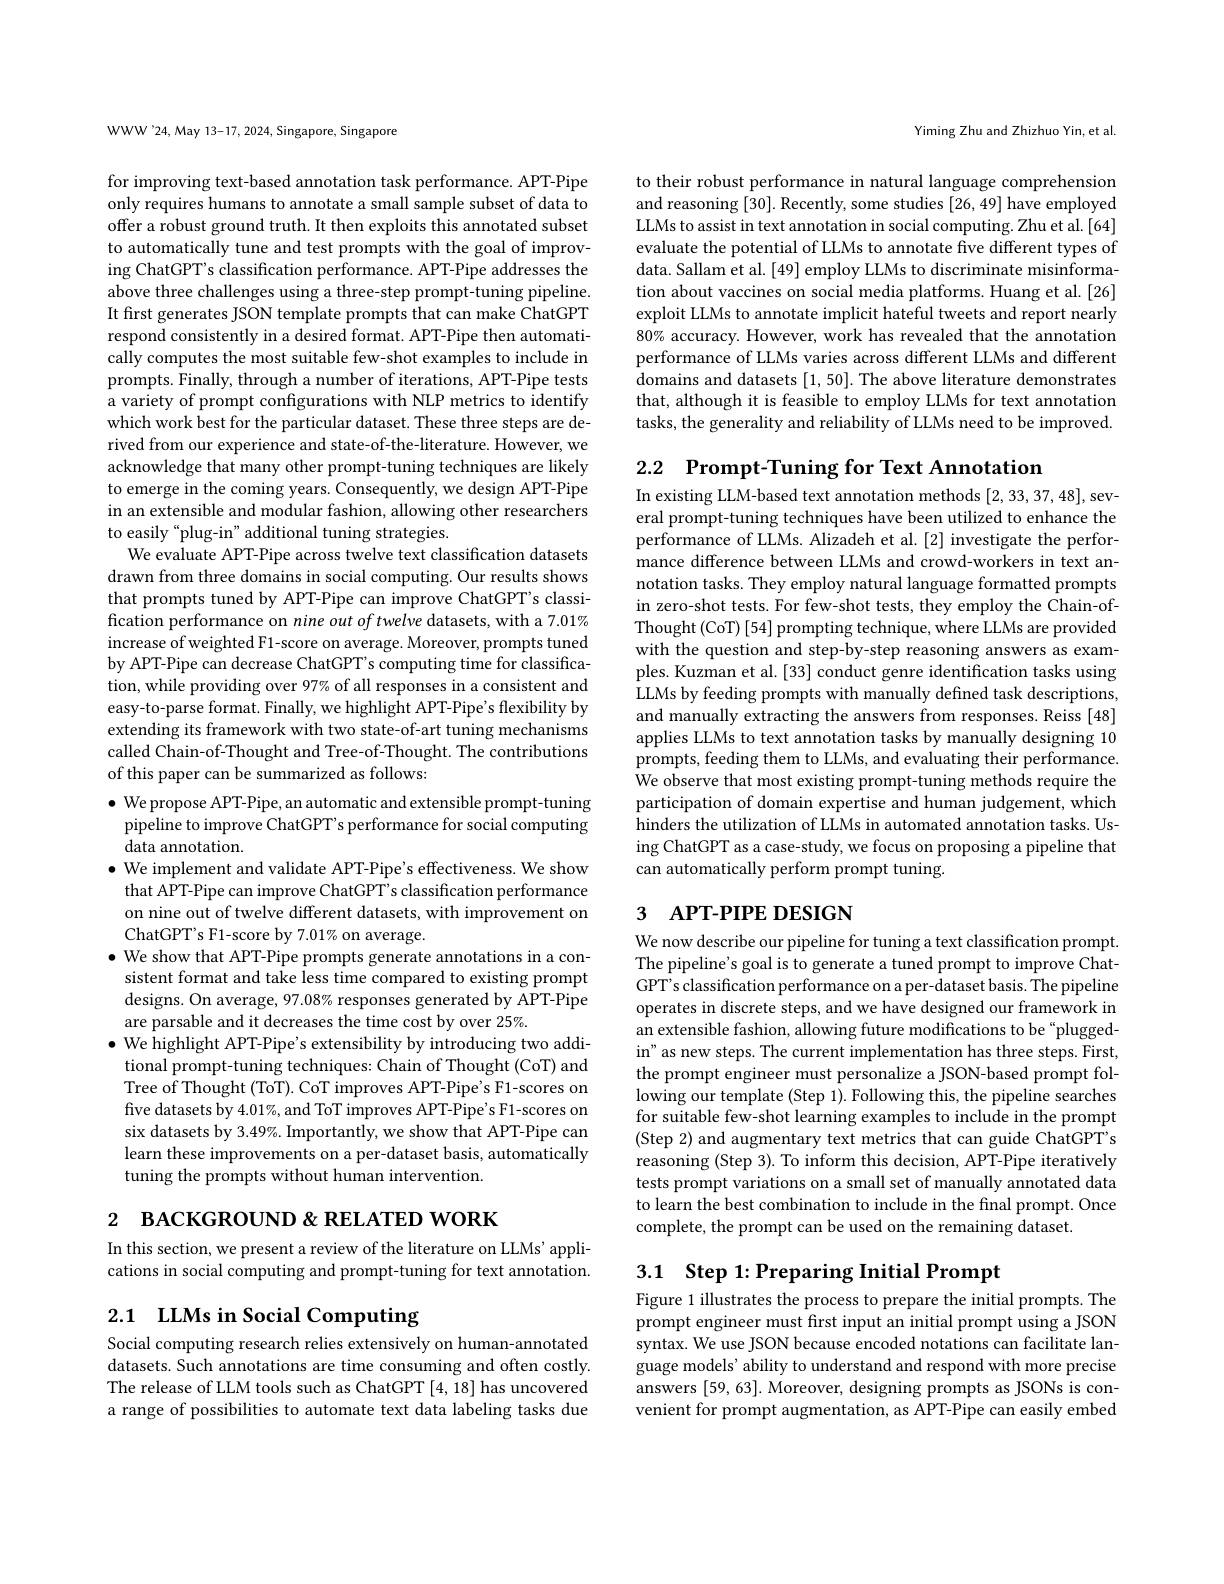
WWW'24, May 13-17, 2024, Singapore, Singapore

for improving text-based annotation task performance. APT-Pipe only requires humans to annotate a small sample subset of data to offer a robust ground truth. It then exploits this annotated subset to automatically tune and test prompts with the goal of improving ChatGPT's classification performance. APT-Pipe addresses the above three challenges using a three-step prompt-tuning pipeline It first generates JSON template prompts that can make ChatGPT respond consistently in a desired format. APT-Pipe then automatically computes the most suitable few-shot examples to include in prompts. Finally, through a number of iterations, APT-Pipe tests a variety of prompt configurations with NLP metrics to identify which work best for the particular dataset. These three steps are derived from our experience and state-of-the-literature. However, we acknowledge that many other prompt-tuning techniques are likely to emerge in the coming years. Consequently, we design APT-Pipe in an extensible and modular fashion, allowing other researchers to easily “plug-in” additional tuning strategies.
We evaluate APT-Pipe across twelve text classification datasets drawn from three domains in social computing. Our results shows that prompts tuned by APT-Pipe can improve ChatGPT's classification performance on nine out of twelve datasets, with a 7.01% increase of weighted F1-score on average. Moreover, prompts tuned by APT-Pipe can decrease ChatGPT's computing time for classification, while providing over 97% of all responses in a consistent and easy-to-parse format. Finally, we highlight APT-Pipe's flexibility by extending its framework with two state-of-art tuning mechanisms called Chain-of-Thought and Tree-of-Thought. The contributions of this paper can be summarized as follows:

$\bullet$ We propose APT-Pipe, an automatic and extensible prompt-tuning
pipeline to improve ChatGPT's performance for social computing
data annotation
$\bullet$ We implement and validate APT-Pipe's effectiveness. We show that APT-Pipe can improve ChatGPT's classification performance on nine out of twelve different datasets, with improvement on ChatGPT's F1-score by 7.01% on average.
$\bullet$ We show that APT-Pipe prompts generate annotations in a con-
sistent format and take less time compared to existing prompt designs. On average, 97.08% responses generated by APT-Pipe are parsable and it decreases the time cost by over 25%.
$\bullet$ We highlight APT-Pipe's extensibility by introducing two additional prompt-tuning techniques: Chain of Thought (CoT) and Tree of Thought (ToT). CoT improves APT-Pipe's F1-scores on five datasets by 4.01%, and ToT improves APT-Pipe's F1-scores on six datasets by 3.49%. Importantly, we show that APT-Pipe can learn these improvements on a per-dataset basis, automatically tuning the prompts without human intervention.

2 вАСКGROUND & RELATED WORK

In this section, we present a review of the literature on LLMs' applications in social computing and prompt-tuning for text annotation.

2.1 LLMs in Social Computing

Social computing research relies extensively on human-annotated datasets. Such annotations are time consuming and often costly. The release of LLM tools such as ChatGPT [4,18] has uncovered a range of possibilities to automate text data labeling tasks due

Yiming Zhu and Zhizhuo Yin, et al.

to their robust performance in natural language comprehension and reasoning [30]. Recently, some studies [26, 49] have employed LLMs to assist in text annotation in social computing. Zhu et al.[64] evaluate the potential of LLMs to annotate five different types of data. Sallam et al. [49] employ LLMs to discriminate misinformation about vaccines on social media platforms. Huang et al.[26] exploit LLMs to annotate implicit hateful tweets and report nearly $80\%$ accuracy. However, work has revealed that the annotation performance of LLMs varies across different LLMs and different domains and datasets [1,50]. The above literature demonstrates that, although it is feasible to employ LLMs for text annotation tasks, the generality and reliability of LLMs need to be improved.

2.2 $\textbf{Prompt- Tuning for Text Annotation}$

In existing LLM-based text annotation methods [2,33,37,48],several prompt-tuning techniques have been utilized to enhance the performance of LLMs. Alizadeh et al.[2] investigate the performance difference between LLMs and crowd-workers in text annotation tasks. They employ natural language formatted prompts in zero-shot tests. For few-shot tests, they employ the Chain-ofThought (CoT) [54] prompting technique, where LLMs are provided with the question and step-by-step reasoning answers as examples. Kuzman et al. [33] conduct genre identification tasks using LLMs by feeding prompts with manually defined task descriptions, and manually extracting the answers from responses. Reiss [48] applies LLMs to text annotation tasks by manually designing 10 prompts, feeding them to LLMs, and evaluating their performance. We observe that most existing prompt-tuning methods require the participation of domain expertise and human judgement, which hinders the utilization of LLMs in automated annotation tasks. Using ChatGPT as a case-study, we focus on proposing a pipeline that can automatically perform prompt tuning.

# 3 APT-PIPE DESIGN

We now describe our pipeline for tuning a text classification prompt. The pipeline's goal is to generate a tuned prompt to improve ChatGPT' s classification performance on a per-dataset basis. The pipeline operates in discrete steps, and we have designed our framework in an extensible fashion, allowing future modifications to be“pluggedin" as new steps. The current implementation has three steps. First, the prompt engineer must personalize a JSON-based prompt fol- $lowing~our~template~(Step~1).~Following~this,~the~pipeline~searches$ for suitable few-shot learning examples to include in the prompt (Step 2) and augmentary text metrics that can guide ChatGPT's reasoning (Step 3). To inform this decision, APT-Pipe iteratively tests prompt variations on a small set of manually annotated data to learn the best combination to include in the final prompt. Once complete, the prompt can be used on the remaining dataset.

# 3.1 Step 1:Preparing Initial Prompt

Figure 1 illustrates the process to prepare the initial prompts. The prompt engineer must first input an initial prompt using a JSON syntax. We use JSON because encoded notations can facilitate language models' ability to understand and respond with more precise answers [59, 63]. Moreover, designing prompts as JSONs is convenient for prompt augmentation, as APT-Pipe can easily embed